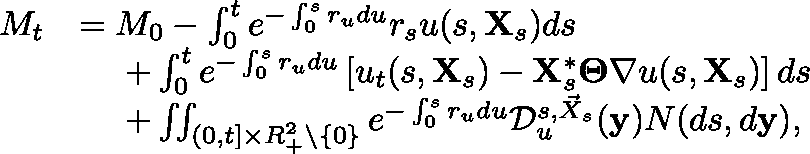
\begin{array} { r l } { M _ { t } } & { = M _ { 0 } - \int _ { 0 } ^ { t } e ^ { - \int _ { 0 } ^ { s } r _ { u } d u } r _ { s } u ( s , \mathbf { X } _ { s } ) d s } \\ & { \ \ \ \ + \int _ { 0 } ^ { t } e ^ { - \int _ { 0 } ^ { s } r _ { u } d u } \left[ u _ { t } ( s , \mathbf { X } _ { s } ) - \mathbf { X } _ { s } ^ { * } \mathbf { \Theta } \nabla u ( s , \mathbf { X } _ { s } ) \right] d s } \\ & { \ \ \ \ + \iint _ { ( 0 , t ] \times { \mathbb R } _ { + } ^ { 2 } \setminus \{ 0 \} } e ^ { - \int _ { 0 } ^ { s } r _ { u } d u } \mathcal { D } _ { u } ^ { s , \vec { X } _ { s } } ( \mathbf { y } ) N ( d s , d \mathbf { y } ) , } \end{array}